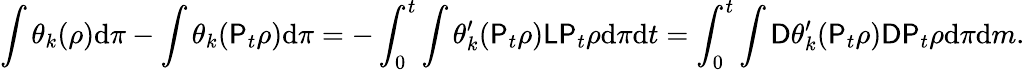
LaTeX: \int\theta_{k}(\rho)\mathrm{d}\pi-\int\theta_{k}(\mathsf{P}_{t}\rho)\mathrm{d}\pi=-\int_{0}^{t}\int\theta_{k}^{\prime}(\mathsf{P}_{t}\rho)\mathsf{L}\mathsf{P}_{t}\rho\mathrm{d}\pi\mathrm{d}t=\int_{0}^{t}\int\mathsf{D}\theta_{k}^{\prime}(\mathsf{P}_{t}\rho)\mathsf{D}\mathsf{P}_{t}\rho\mathrm{d}\pi\mathrm{d}m.